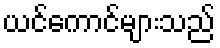
ယင်ကောင်များသည်